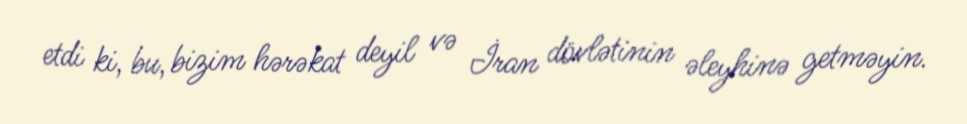
etdi ki, bu, bizim hərəkat deyil və İran dövlətinin əleyhinə getməyin.